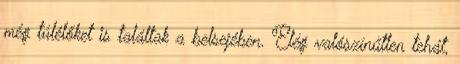
még túlélőket is találtak a belsejében. Elég valószínűtlen tehát,